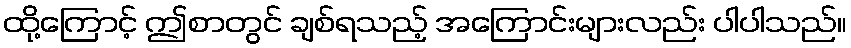
ထို့ကြောင့် ဤစာတွင် ချစ်ရသည့် အကြောင်းများလည်း ပါပါသည်။